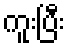
ကူးပြီး